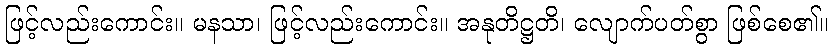
ဖြင့်လည်းကောင်း။ မနသာ၊ ဖြင့်လည်းကောင်း။ အနုတိဋ္ဌတိ၊ လျောက်ပတ်စွာ ဖြစ်စေ၏။